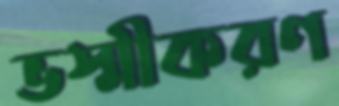
ভস্মীকরণ